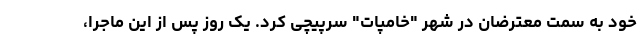
خود به سمت معترضان در شهر "خامپات" سرپیچی کرد. یک روز پس از این ماجرا،